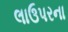
લાઉપરના